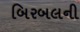
બિરબલની